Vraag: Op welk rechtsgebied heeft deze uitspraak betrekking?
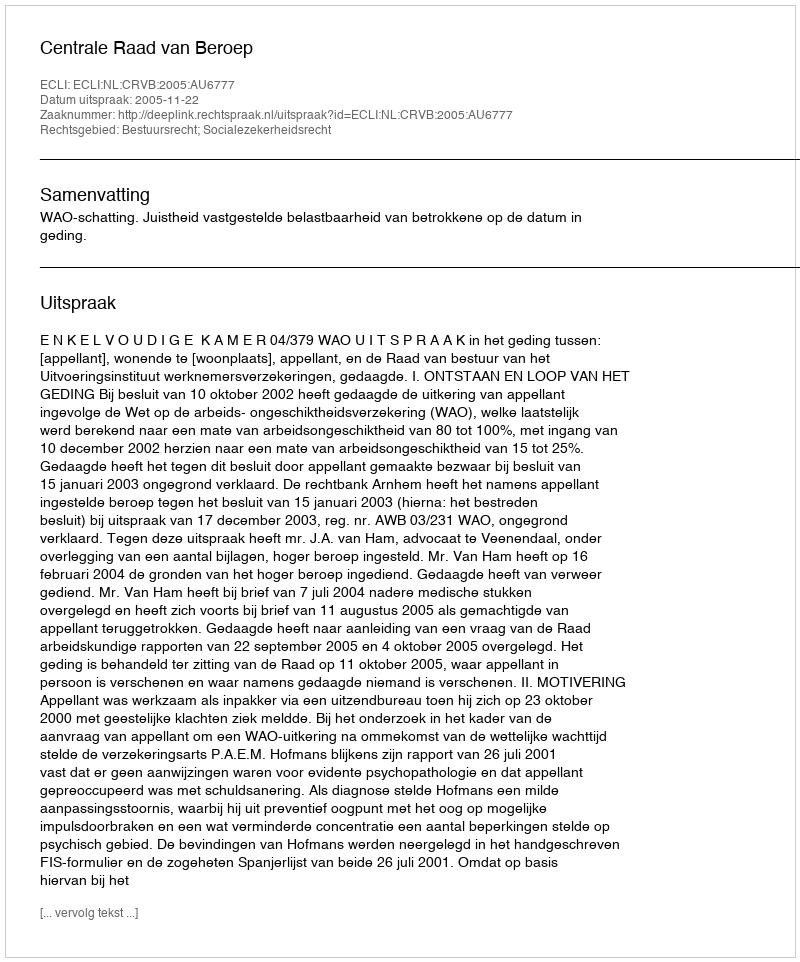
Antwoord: Bestuursrecht; Socialezekerheidsrecht